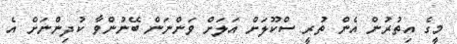
މީގެ އިތުރުން އެން ތުރީ ސްކޫލަށް އަލަށް ވަންނަން ބޭނުންވާ ކުދިންނަށް އެ